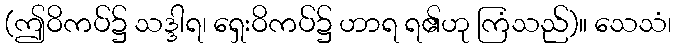
(ဤဝိကပ်၌ သဒ္ဒါရ၊ ရှေးဝိကပ်၌ ဟာရ ရ၏ဟု ကြံသည်)။ သေသံ၊